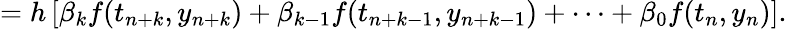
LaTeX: =h\left[\beta_{k}f(t_{n+k},y_{n+k})+\beta_{k-1}f(t_{n+k-1},y_{n+k-1})+\cdots+\beta_{0}f(t_{n},y_{n})\right].